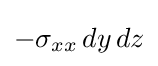
-\sigma _{xx}\,dy\,dz